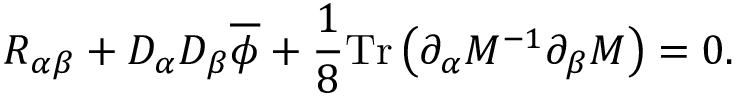
R _ { \alpha \beta } + D _ { \alpha } D _ { \beta } \overline { { { \phi } } } + \frac { 1 } { 8 } \mathrm { T r } \left( \partial _ { \alpha } M ^ { - 1 } \partial _ { \beta } M \right) = 0 .